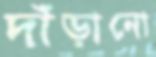
দাঁড়ানো